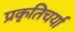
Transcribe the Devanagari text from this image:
प्रकृतिचर्या